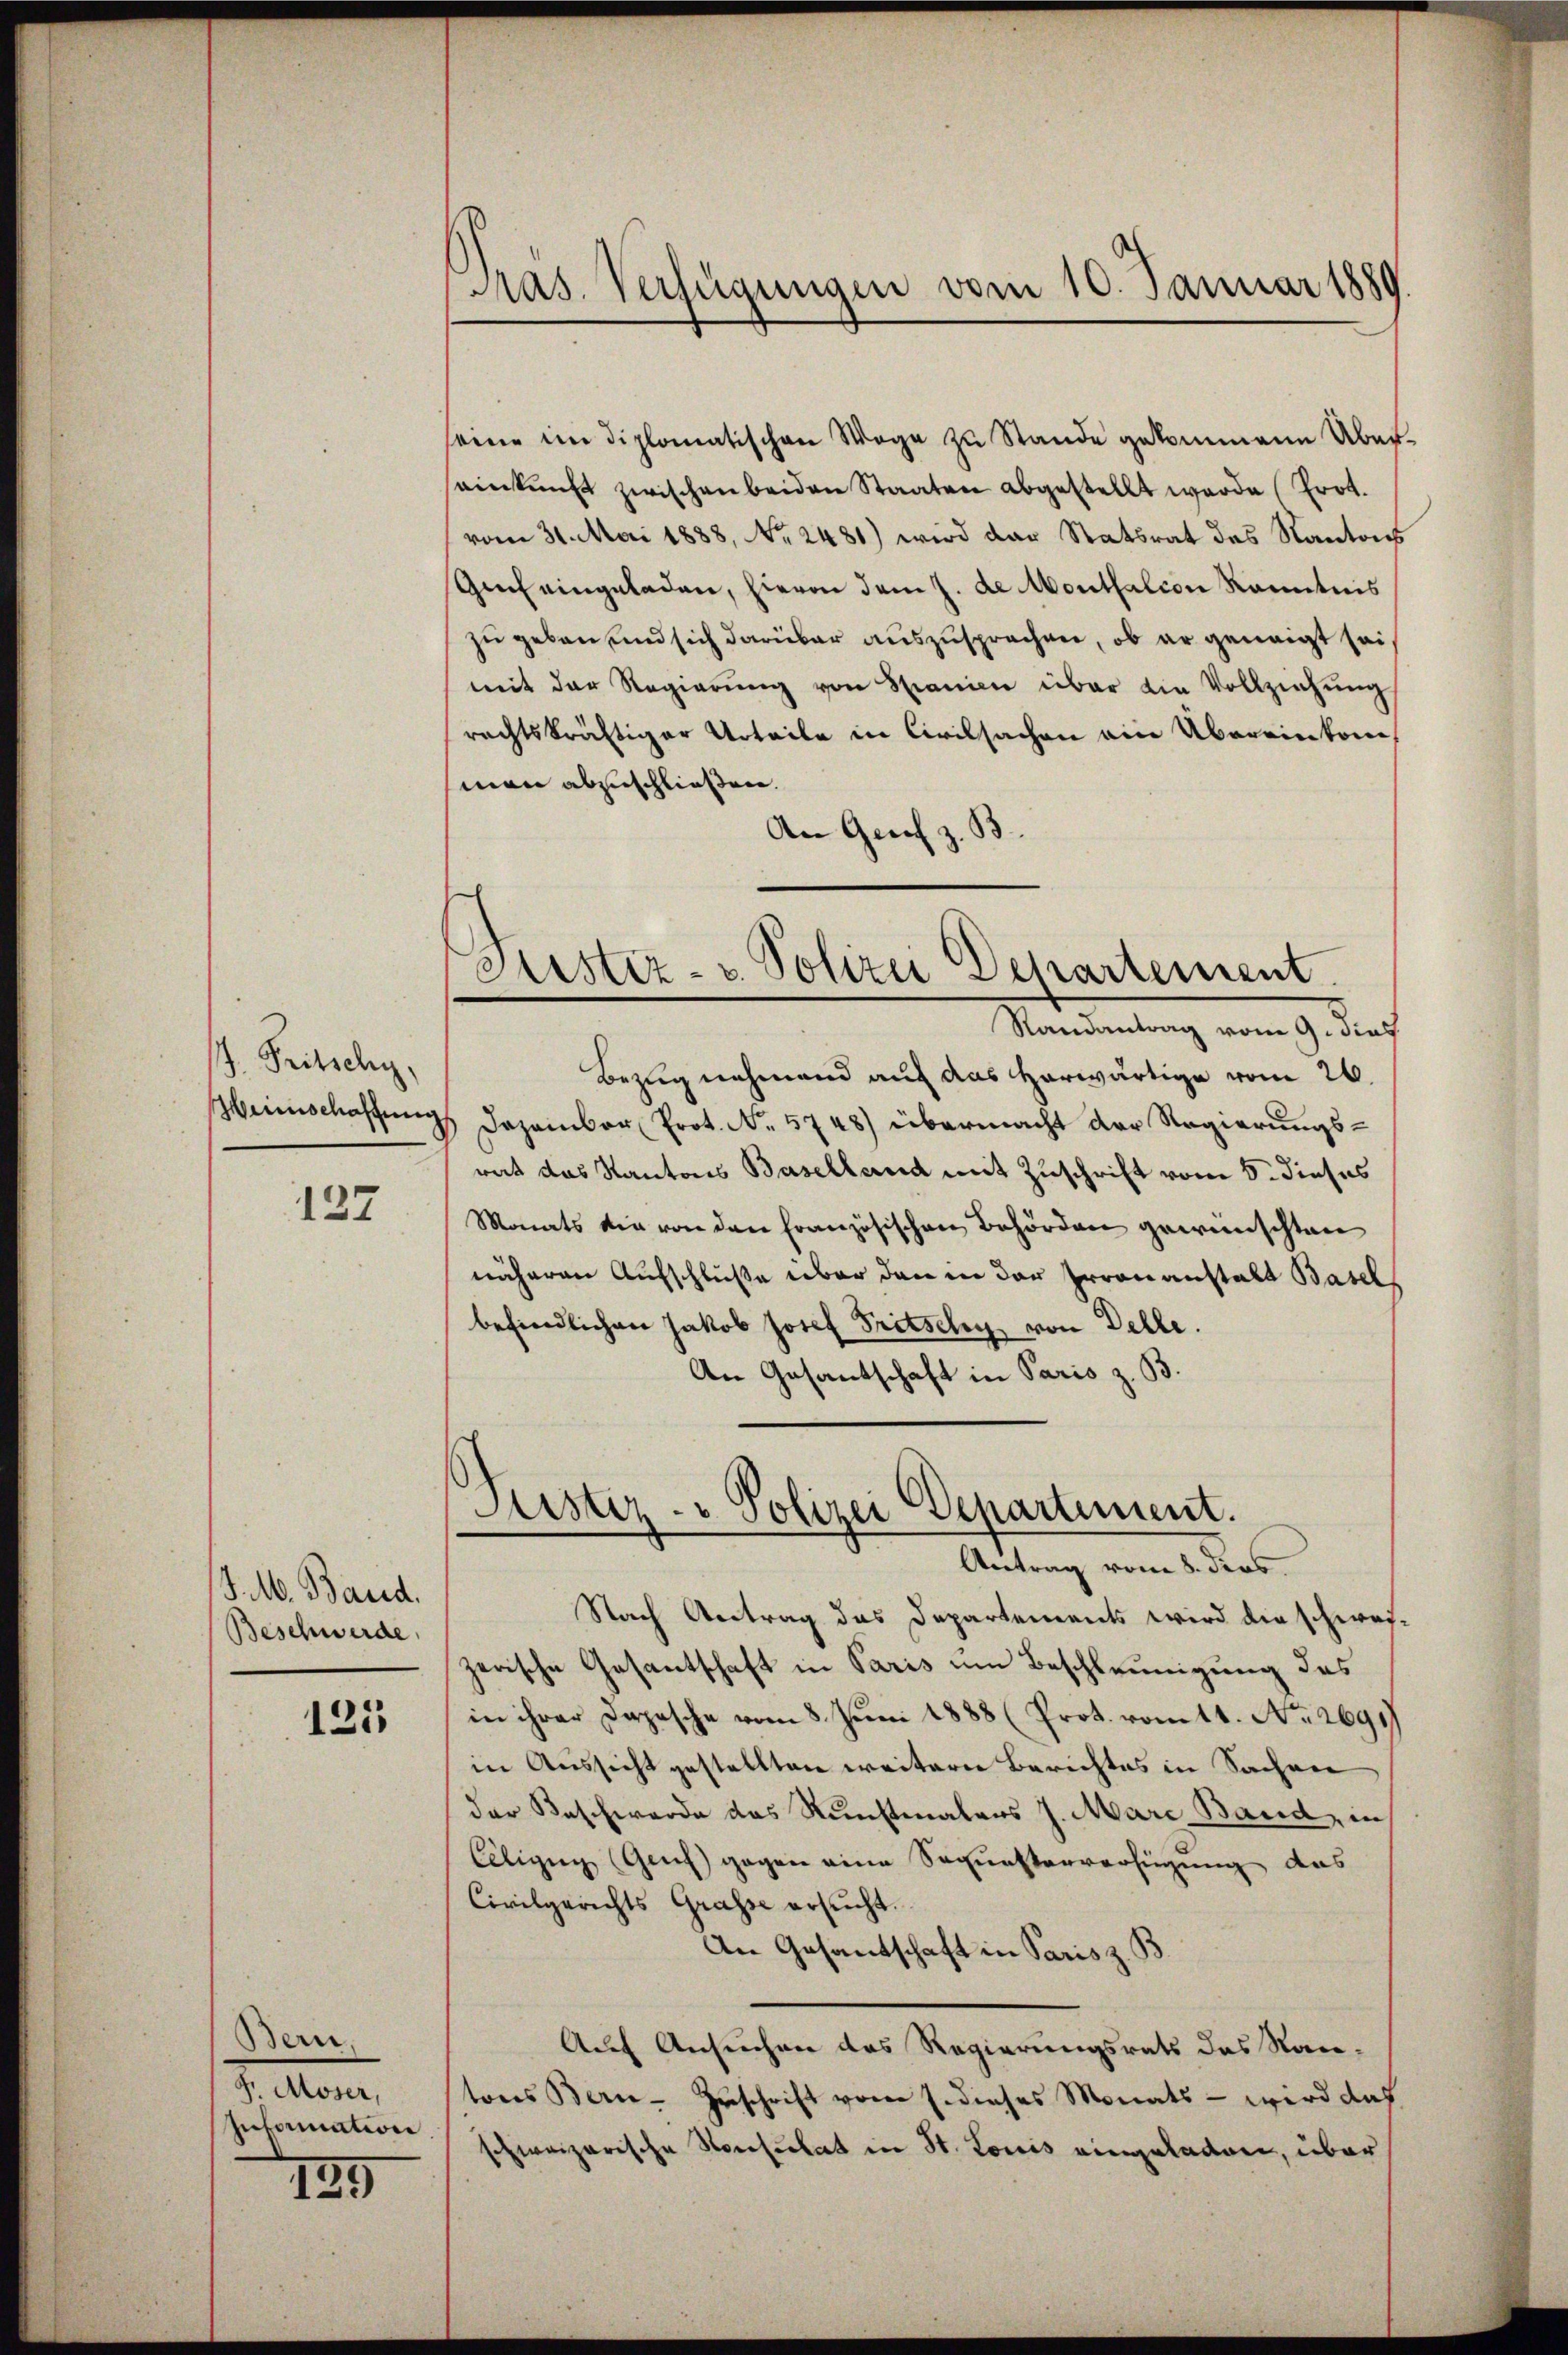
J. Tritschy,
Heimschaffung

137

J. M. Band.
Beschwerde

125

Bern,
Fr. Moser,
Invormation

189

Pras. Verfügungen vom 10. Januar 1880

seine im diplomatischen Wage zu Stande gekommene Über-
einkunft zwischen beiden Staaten abgestellt wurde (Erot.
vom 31. Mai 1888, No 2481) wird der Statsrat des Kantons
Genf eingeladen, hievon dem J. de Montalion kanntnis
zu geben und sich darüber auszusprechen, ob er geneigt sei,
mit der Regierŭng von Spanien über die Vollziehŭng
rechtskräftiger Urteile in Civilsachen ein Übereinkone
man abzuschließen.
An Genf z. B.
.
Astiz- u. Polizei Departement
Randantrag vom 9. dies
Bezug nehmend auf das herwärtige vom 26.
Dezember Prot. No. 5748) übermacht der Regierungsrat das Kantons Baselland mit Zuschrift vom 5. dieses
Monats die von den Französischen Behörden gewünschten
näheren Aufschlüße über den in der Irrenanstalt Basel
befindlichen Jakob Josef Fritschy von Delle.
An Gesantschaft in Paris z. B.

Justiz- & Polizei Departement.
e
Antrag vom 8. ders

Nach Antrag das Departements wird die schweizerische Gesantschaft in Paris um Beschleunigung das
in ihrer Depesche vom 8. Juni 1888 (Prot. vom 11. No. 2691
in Aussicht gestellten weitern Berichtes in Sachen
der Beschwerde das Kunstmalers J. Mare Band, in
Ciligen (Genf gegen eine Sequesterverfügung das
Civilgerichts Grasse ersucht.
An Gesandschaft in Paris z. B
Auf Ansuchen des Regierungsrats das Stan-
tores Bern Zuschrift vom 1. dieses Monats - wird daß
schweizerische
Ronsulat in St. Louis eingeladen, über